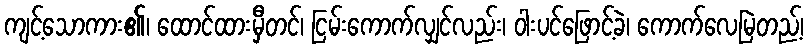
ကျင့်သောကား၏၊ ထောင်ထားမှီတင်၊ ငြမ်းကောက်လျှင်လည်း၊ ဝါးပင်ဖြောင့်ခဲ၊ ကောက်လေမြဲတည့်၊